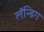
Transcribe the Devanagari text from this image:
लॅन्डिग